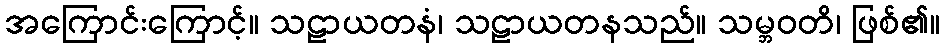
အကြောင်းကြောင့်။ သဠာယတနံ၊ သဠာယတနသည်။ သမ္ဘဝတိ၊ ဖြစ်၏။